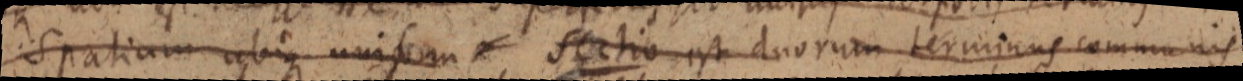
Spatium ubique uniform _ Sectio est duorum terminus communis